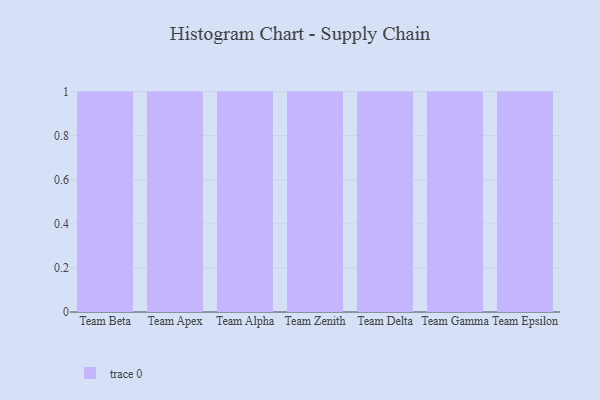
{"axis": {"x": "Team", "y": "Demand Index"}, "legend": [""], "data": [{"x": "Team Beta", "y": 37, "type": ""}, {"x": "Team Apex", "y": 76, "type": ""}, {"x": "Team Alpha", "y": 61, "type": ""}, {"x": "Team Zenith", "y": 70, "type": ""}, {"x": "Team Delta", "y": 73, "type": ""}, {"x": "Team Gamma", "y": 62, "type": ""}, {"x": "Team Epsilon", "y": 36, "type": ""}]}